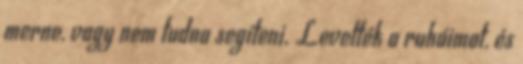
merne, vagy nem tudna segíteni. Levették a ruháimat, és